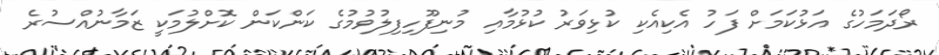
ރޯދަމަހުގެ އަޅުކަމަށް ފަހު އެކިއެކި ކުޅިވަރު ކުޅުމާއި މުނިފޫހިފިލުވުމުގެ ކަންކަން ކޮށްލުމަކީ ޒަމާނުއްސުރެ